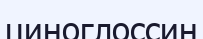
циноглоссин